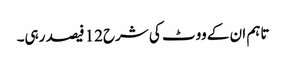
تاہم ان کے ووٹ کی شرح12 فیصد رہی۔